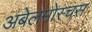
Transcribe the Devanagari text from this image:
अबेलमोस्चस